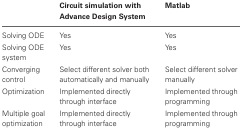
<table><thead><tr><td>[EMPTY_CELL]</td><td><b>Circuit simulation with Advance Design System</b></td><td><b>Matlab</b></td></tr></thead><tbody><tr><td>Solving ODE</td><td>Yes</td><td>Yes</td></tr><tr><td>Solving ODE system</td><td>Yes</td><td>Yes</td></tr><tr><td>Converging control</td><td>Select different solver both automatically and manually</td><td>Select different solver manually</td></tr><tr><td>Optimization</td><td>Implemented directly through interface</td><td>Implemented through programming</td></tr><tr><td>Multiple goal optimization</td><td>Implemented directly through interface</td><td>Implemented through programming</td></tr></tbody></table>